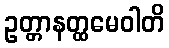
ဥတ္တာနတ္ထမေဝါတိ